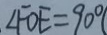
\angle F O E = 9 0 ^ { \circ } (